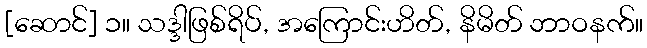
[ဆောင်] ၁။ သဒ္ဒါဖြစ်ရိပ်, အကြောင်းဟိတ်, နိမိတ် ဘာဝနက်။